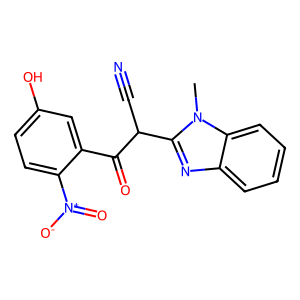
SMILES: Cn1c(C(C#N)C(=O)c2cc(O)ccc2[N+](=O)[O-])nc2ccccc21
Inhibits HIV replication: No